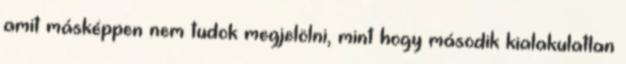
amit másképpen nem tudok megjelölni, mint hogy második kialakulatlan